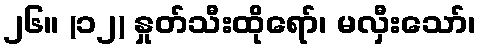
၂၆။ (၁၂) နှုတ်သီးထိုရော်၊ မလှီးသော်၊